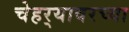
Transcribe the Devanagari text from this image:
चेहर्‍यावरच्या